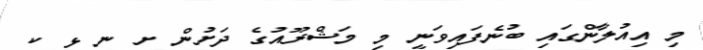
މި އިއުލާންގައި ބުނެފައިވަނީ މި މަޝްރޫއުގެ ދަށުން ށ ނ ޅ ކ